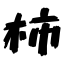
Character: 柿